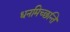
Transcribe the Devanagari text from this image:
धनमिच्छन्ति